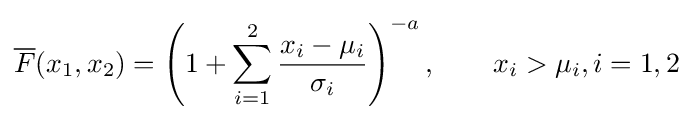
{\overline {F}}(x_{1},x_{2})=\left(1+\sum _{i=1}^{2}{\frac {x_{i}-\mu _{i}}{\sigma _{i}}}\right)^{-a},\qquad x_{i}>\mu _{i},i=1,2